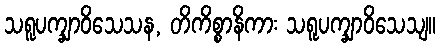
သရူပက္ချာဝိသေသန, တိကိစ္စာနိကား သရူပက္ချာဝိသေသျ။